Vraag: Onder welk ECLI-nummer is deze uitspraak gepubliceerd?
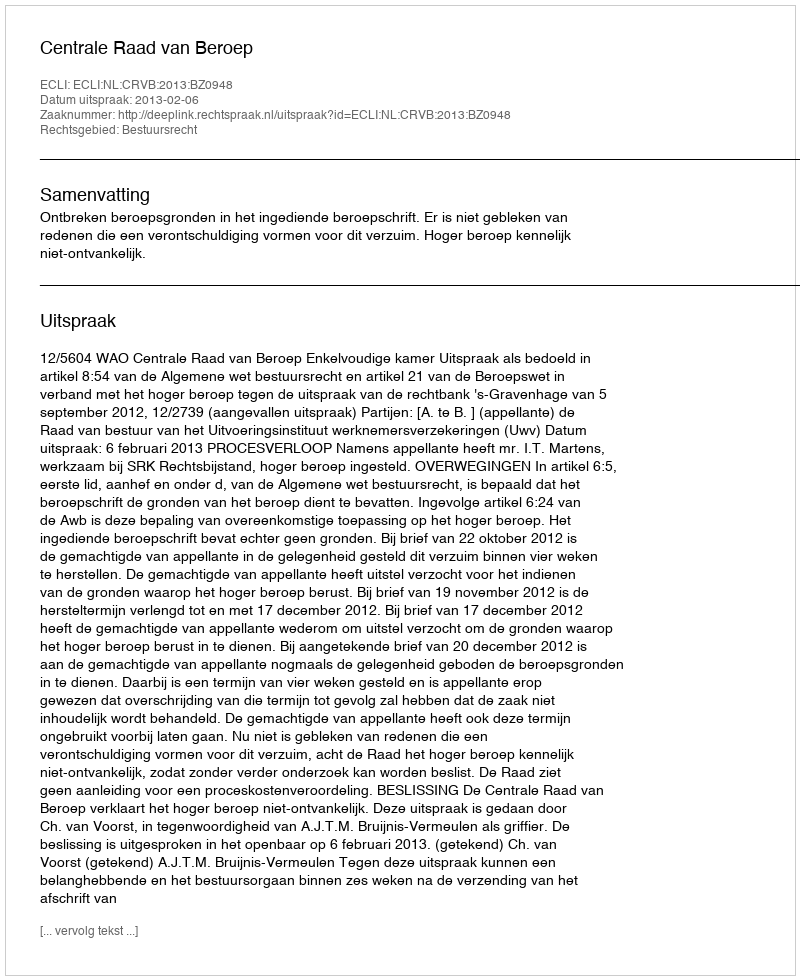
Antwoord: ECLI:NL:CRVB:2013:BZ0948